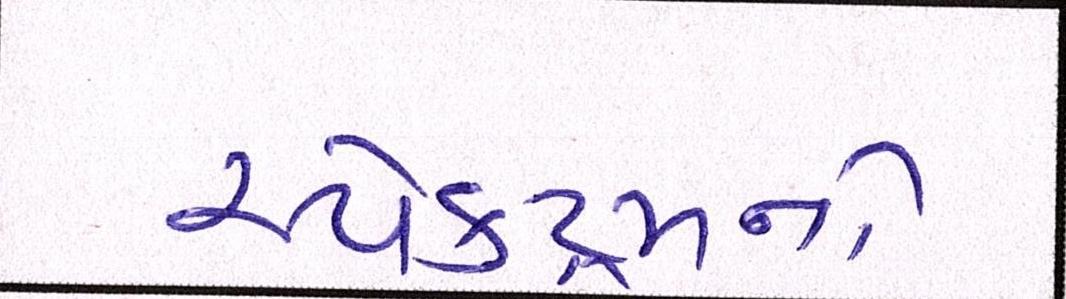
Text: સ્પેક્ટ્રમનો